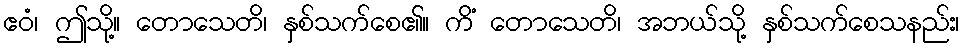
ဧဝံ၊ ဤသို့။ တောသေတိ၊ နှစ်သက်စေ၏။ ကိံ တောသေတိ၊ အဘယ်သို့ နှစ်သက်စေသနည်း၊